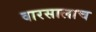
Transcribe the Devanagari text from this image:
वारसालाच